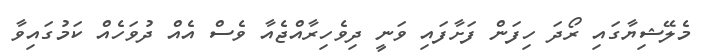
މެލޭޝިޔާގައި ރޯދަ ހިފަން ފަށާފައި ވަނީ ދިވެހިރާއްޖެއާ ވެސް އެއް ދުވަހެއް ކަމުގައިވާ